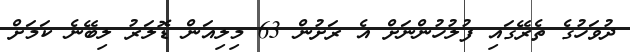
ދުވަހުގެ ތެރޭގައި ފުލުހުންނަށް އެ ރަށުން 63 މިލިއަން ޑޮލަރު ލިބޭނެ ކަމަށް